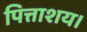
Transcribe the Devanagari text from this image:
पित्ताशय।